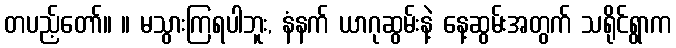
တပည့်တော်။ ။ မသွားကြရပါဘူး, နံနက် ယာဂုဆွမ်းနဲ့ နေ့ဆွမ်းအတွက် သရိုင်ရွာက